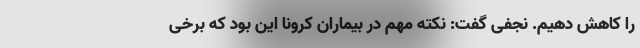
را کاهش دهیم. نجفی گفت: نکته مهم در بیماران کرونا این بود که برخی